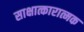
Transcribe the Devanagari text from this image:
साक्षात्कारात्मक